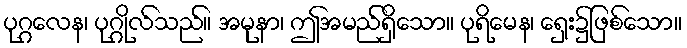
ပုဂ္ဂလေန၊ ပုဂ္ဂိုလ်သည်။ အမုနာ၊ ဤအမည်ရှိသော။ ပုရိမေန၊ ရှေး၌ဖြစ်သော။